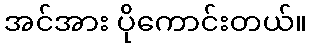
အင်အား ပိုကောင်းတယ်။